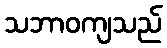
သဘာဝကျသည်